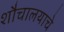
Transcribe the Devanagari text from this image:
शौचालयाचे